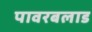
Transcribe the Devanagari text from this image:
पावरबलाड